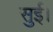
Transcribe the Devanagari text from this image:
सुई।